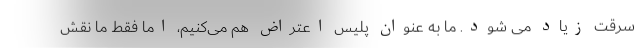
سرقت زیاد می شود. ما به عنوان پلیس اعتراض هم می‌کنیم، اما فقط ما نقش